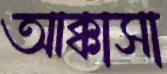
আক্কাসা